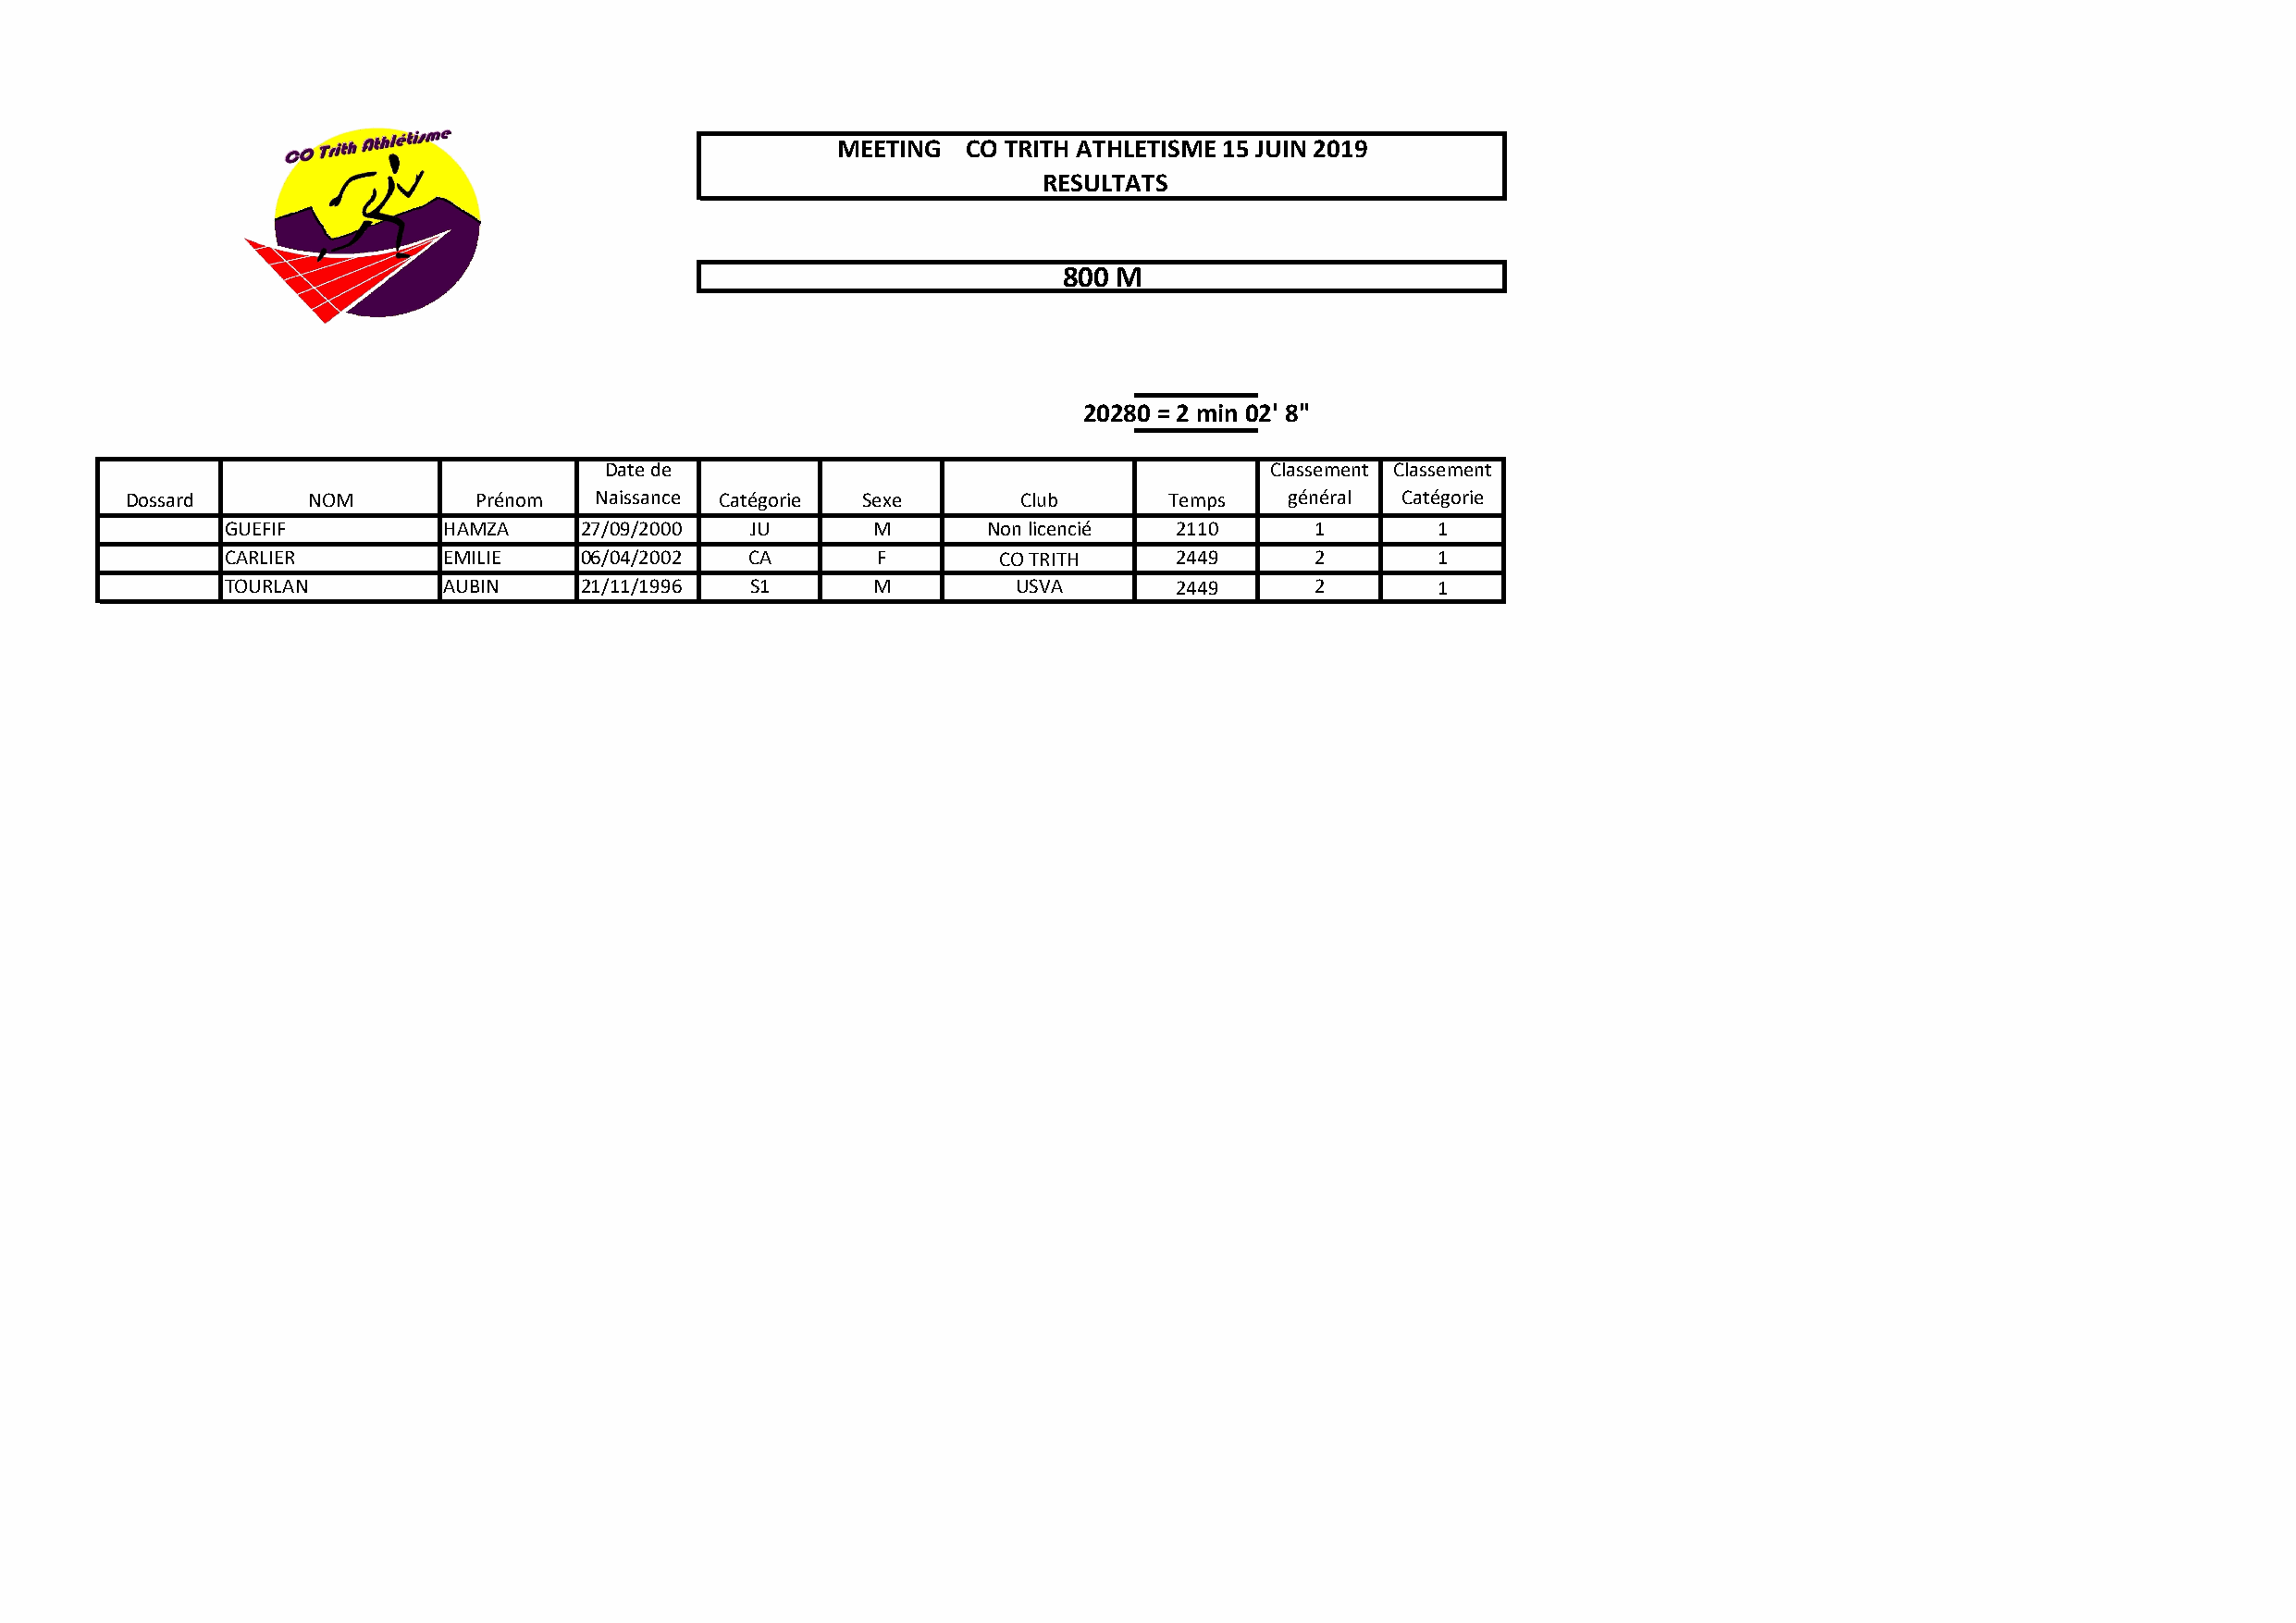
MEETING  CO TRITH ATHLETISME 15 JUIN 2019
 RESULTATS
 800 M
 20280 = 2 min 02' 8"
 Date de                                         Classement Classement
 Dossard      NOM         Prénom   Naissance Catégorie Sexe      Club       Temps   général Catégorie
 GUEFIF          HAMZA     27/09/2000  JU      M        Non licencié 2110      1        1
 CARLIER         EMILIE    06/04/2002  CA       F       CO TRITH     2449      2        1
 TOURLAN         AUBIN     21/11/1996  S1      M          USVA       2449      2        1